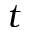
t